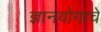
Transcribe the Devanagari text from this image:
ज्ञानयोगाचे